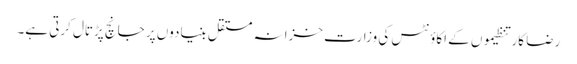
رضا کار تنظیموں کے اکاؤنٹس کی وزارت خزانہ مستقل بنیادوں پر جانچ پڑتال کرتی ہے۔